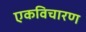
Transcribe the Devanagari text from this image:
एकविचारण